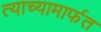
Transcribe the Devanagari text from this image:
त्याच्यामार्फत